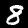
Label: 8